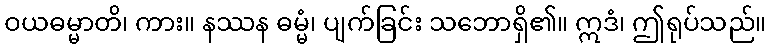
ဝယဓမ္မာတိ၊ ကား။ နဿန ဓမ္မံ၊ ပျက်ခြင်း သဘောရှိ၏။ ဣဒံ၊ ဤရုပ်သည်။